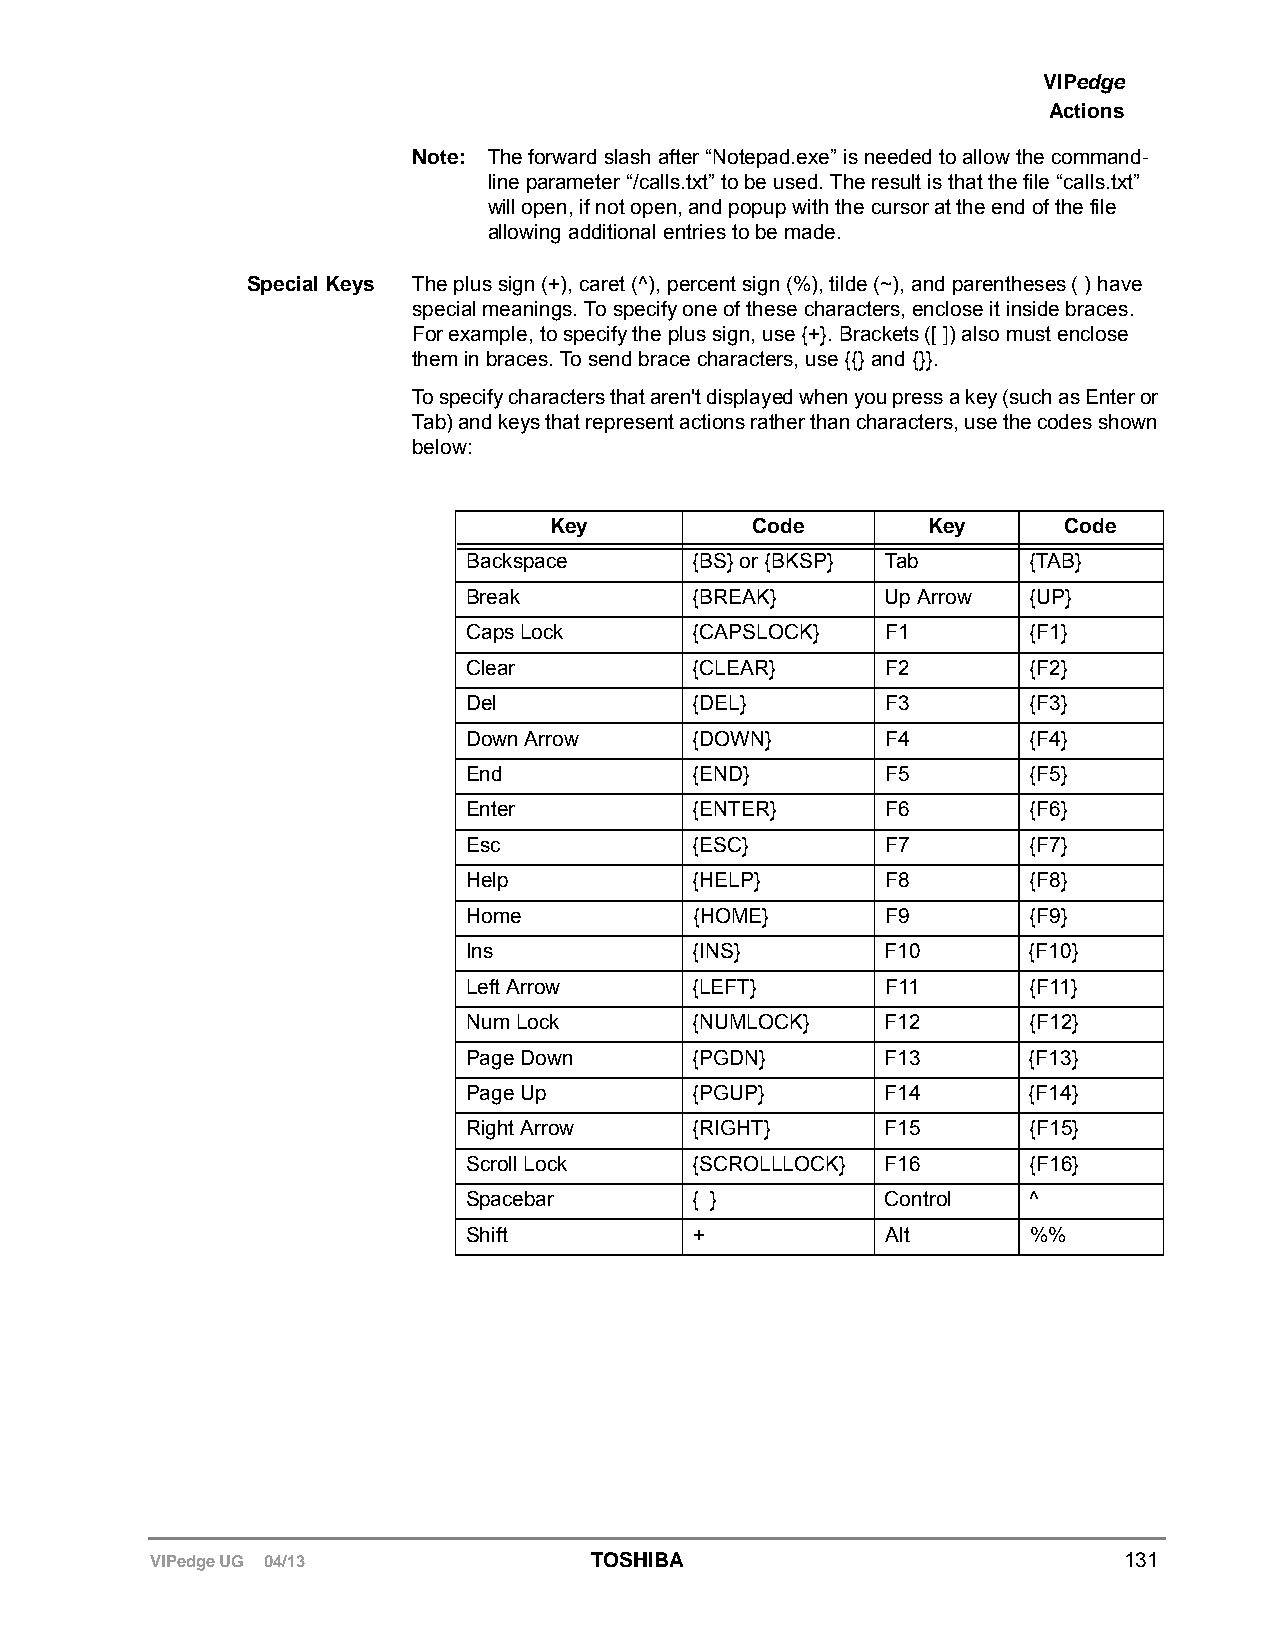
VIPedge
 Actions
 Note: The forward slash after “Notepad.exe” is needed to allow the command-
 line parameter “/calls.txt” to be used. The result is that the file “calls.txt”
 will open, if not open, and popup with the cursor at the end of the file
 allowing additional entries to be made.
 Special Keys The plus sign (+), caret (^), percent sign (%), tilde (~), and parentheses ( ) have
 special meanings. To specify one of these characters, enclose it inside braces.
 For example, to specify the plus sign, use {+}. Brackets ([ ]) also must enclose
 them in braces. To send brace characters, use {{} and {}}.
 To specify characters that aren't displayed when you press a key (such as Enter or
 Tab) and keys that represent actions rather than characters, use the codes shown
 below:
 Key           Code       Key       Code
 Backspace      {BS} or {BKSP} Tab    {TAB}
 Break          {BREAK}      Up Arrow {UP}
 Caps Lock      {CAPSLOCK}   F1       {F1}
 Clear          {CLEAR}      F2       {F2}
 Del            {DEL}        F3       {F3}
 Down Arrow     {DOWN}       F4       {F4}
 End            {END}        F5       {F5}
 Enter          {ENTER}      F6       {F6}
 Esc            {ESC}        F7       {F7}
 Help           {HELP}       F8       {F8}
 Home           {HOME}       F9       {F9}
 Ins            {INS}        F10      {F10}
 Left Arrow     {LEFT}       F11      {F11}
 Num Lock       {NUMLOCK}    F12      {F12}
 Page Down      {PGDN}       F13      {F13}
 Page Up        {PGUP}       F14      {F14}
 Right Arrow    {RIGHT}      F15      {F15}
 Scroll Lock    {SCROLLLOCK} F16      {F16}
 Spacebar       { }          Control  ^
 Shift          +            Alt      %%
 VIPedge UG 04/13             TOSHIBA                            131